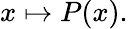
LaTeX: x\mapsto P(x).